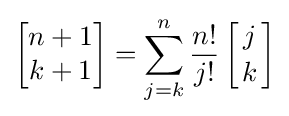
\left[{\begin{matrix}n+1\\k+1\end{matrix}}\right]=\sum _{j=k}^{n}{\frac {n!}{j!}}\left[{j \atop k}\right]